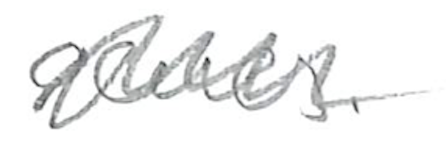
Text: genes.
Cross-out: mix
Writing tool: pencil